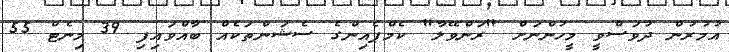
އުމުރުން ދުވަސްވީ މީހުންނަށް "ރަންވޭލާ" ކެމްޕެއިންގެ ސެޝަންތަކެއް ބާއްވައިފި 39 މިނެޓް 55